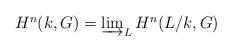
LaTeX: \begin{align*}\textstyle{H^n(k, G) = \varinjlim_L H^n(L/k, G)}\end{align*}